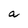
Character: a